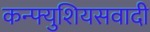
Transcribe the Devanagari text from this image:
कन्फ्युशियसवादी